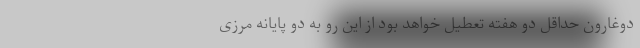
دوغارون حداقل دو هفته تعطیل خواهد بود از این رو به دو پایانه مرزی